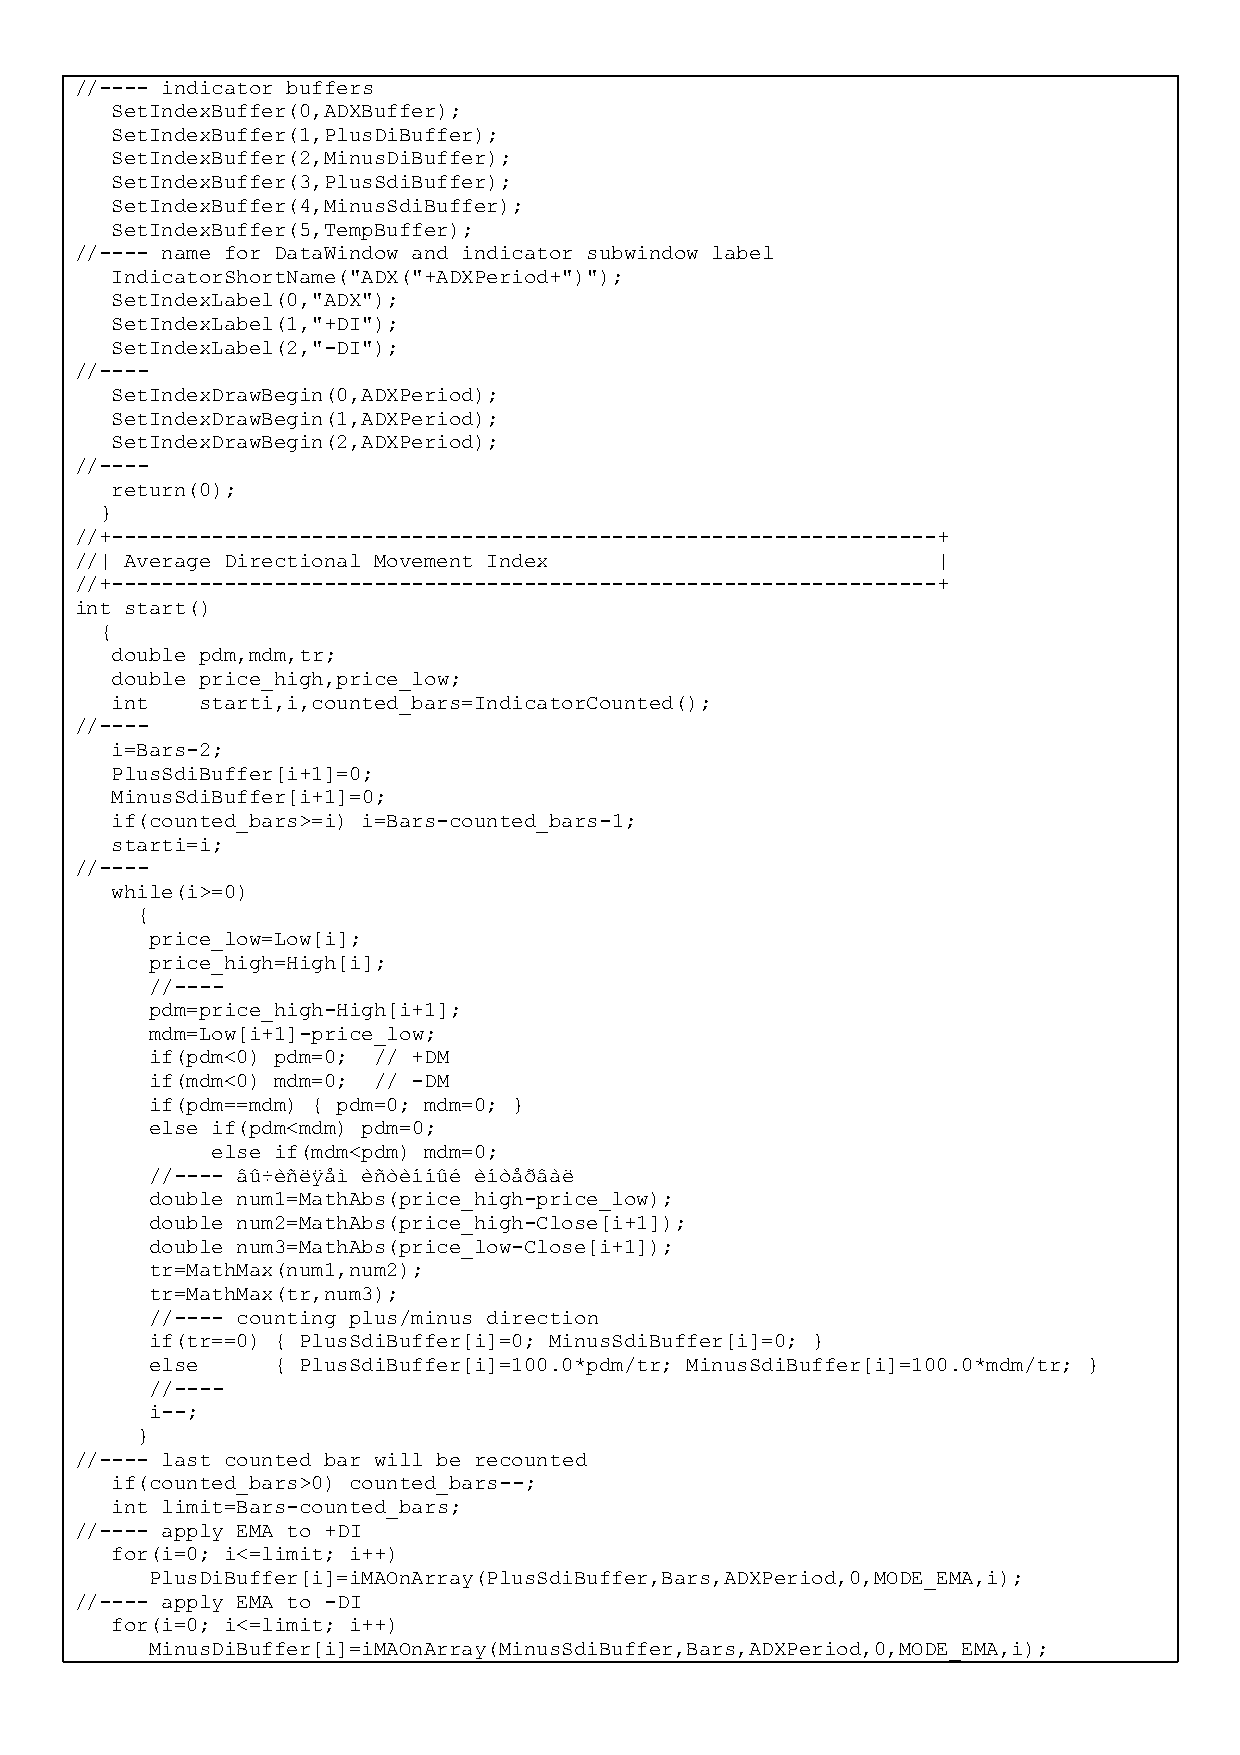
//---- indicator buffers
 SetIndexBuffer(0,ADXBuffer);
 SetIndexBuffer(1,PlusDiBuffer);
 SetIndexBuffer(2,MinusDiBuffer);
 SetIndexBuffer(3,PlusSdiBuffer);
 SetIndexBuffer(4,MinusSdiBuffer);
 SetIndexBuffer(5,TempBuffer);
 //---- name for DataWindow and indicator subwindow label
 IndicatorShortName("ADX("+ADXPeriod+")");
 SetIndexLabel(0,"ADX");
 SetIndexLabel(1,"+DI");
 SetIndexLabel(2,"-DI");
 //----
 SetIndexDrawBegin(0,ADXPeriod);
 SetIndexDrawBegin(1,ADXPeriod);
 SetIndexDrawBegin(2,ADXPeriod);
 //----
 return(0);
 }
 //+------------------------------------------------------------------+
 //| Average Directional Movement Index                   |
 //+------------------------------------------------------------------+
 int start()
 {
 double pdm,mdm,tr;
 double price_high,price_low;
 int   starti,i,counted_bars=IndicatorCounted();
 //----
 i=Bars-2;
 PlusSdiBuffer[i+1]=0;
 MinusSdiBuffer[i+1]=0;
 if(counted_bars>=i) i=Bars-counted_bars-1;
 starti=i;
 //----
 while(i>=0)
 {
 price_low=Low[i];
 price_high=High[i];
 //----
 pdm=price_high-High[i+1];
 mdm=Low[i+1]-price_low;
 if(pdm<0) pdm=0; // +DM
 if(mdm<0) mdm=0; // -DM
 if(pdm==mdm) { pdm=0; mdm=0; }
 else if(pdm<mdm) pdm=0;
 else if(mdm<pdm) mdm=0;
 //---- âû÷èñëÿåì èñòèííûé èíòåðâàë
 double num1=MathAbs(price_high-price_low);
 double num2=MathAbs(price_high-Close[i+1]);
 double num3=MathAbs(price_low-Close[i+1]);
 tr=MathMax(num1,num2);
 tr=MathMax(tr,num3);
 //---- counting plus/minus direction
 if(tr==0) { PlusSdiBuffer[i]=0; MinusSdiBuffer[i]=0; }
 else    { PlusSdiBuffer[i]=100.0*pdm/tr; MinusSdiBuffer[i]=100.0*mdm/tr; }
 //----
 i--;
 }
 //---- last counted bar will be recounted
 if(counted_bars>0) counted_bars--;
 int limit=Bars-counted_bars;
 //---- apply EMA to +DI
 for(i=0; i<=limit; i++)
 PlusDiBuffer[i]=iMAOnArray(PlusSdiBuffer,Bars,ADXPeriod,0,MODE_EMA,i);
 //---- apply EMA to -DI
 for(i=0; i<=limit; i++)
 MinusDiBuffer[i]=iMAOnArray(MinusSdiBuffer,Bars,ADXPeriod,0,MODE_EMA,i);